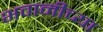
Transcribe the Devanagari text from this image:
भवानीच्या